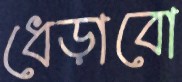
ধেড়াবো